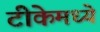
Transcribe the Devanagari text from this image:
टीकेमध्ये